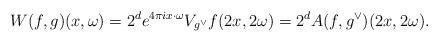
LaTeX: \begin{align*}W(f,g)(x, \omega) = 2^d e^{4 \pi i x \cdot \omega} V_{g^\vee} f(2x, 2\omega) = 2^d A(f, g^\vee) (2x, 2 \omega).\end{align*}